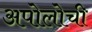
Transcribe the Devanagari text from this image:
अपोलोची